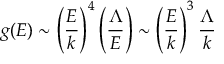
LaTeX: g ( E ) \sim \left( { \frac { E } { k } } \right) ^ { 4 } \left( { \frac { \Lambda } { E } } \right) \sim \left( { \frac { E } { k } } \right) ^ { 3 } { \frac { \Lambda } { k } }